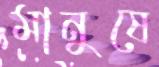
মানুষে